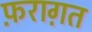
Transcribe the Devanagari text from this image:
फ़राग़त